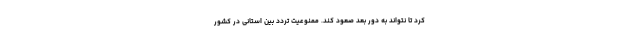
کرد تا نتواند به دور بعد صعود کند. ممنوعیت تردد بین استانی در کشور